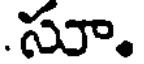
.సూ.